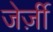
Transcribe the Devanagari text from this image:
जेर्ज़ी